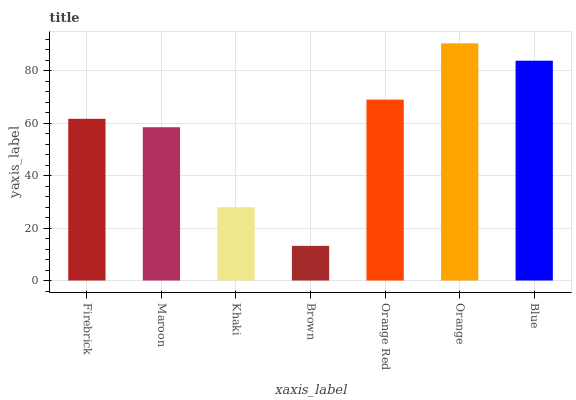
| xaxis_label | bars |
 | --- | --- |
 | Firebrick | 61.7 |
 | Maroon | 58.5 |
 | Khaki | 28 |
 | Brown | 13.2 |
 | Orange Red | 69 |
 | Orange | 90.4 |
 | Blue | 83.8 |